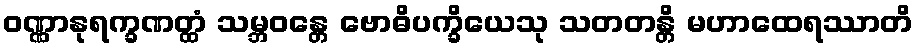
ဝဏ္ဏာနုရက္ခဏတ္ထံ သမ္ဘဝန္တေ ဗောဓိပက္ခိယေသု သတတန္တိ မဟာထေရဿာတိ